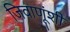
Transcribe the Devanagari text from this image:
जिवाणूंशी